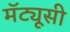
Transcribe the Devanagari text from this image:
मॅट्यूसी